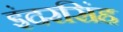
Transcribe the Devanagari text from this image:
इंदरसिंह